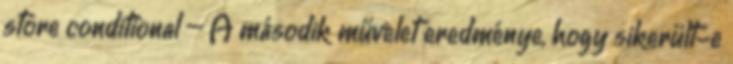
store conditional – A második művelet eredménye, hogy sikerült-e